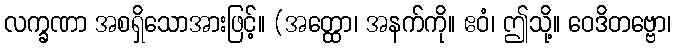
လက္ခဏာ အစရှိသောအားဖြင့်။ (အတ္ထော၊ အနက်ကို။ ဧဝံ၊ ဤသို့။ ဝေဒိတဗ္ဗော၊